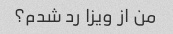
من از ویزا رد شدم؟